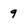
Character: 9